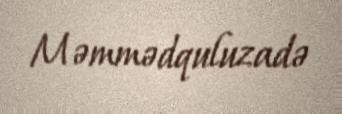
Məmmədquluzadə